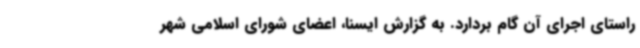
راستای اجرای آن گام بردارد. به گزارش ایسنا، اعضای شورای اسلامی شهر